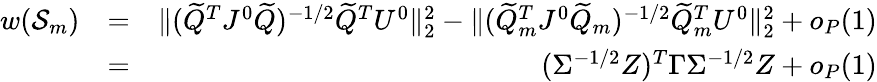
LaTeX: \begin{array}{rlr}{w(\mathcal{S}_{m})}&{=}&{\| (\widetilde{Q}^{T}J^{0}\widetilde{Q})^{-1/2}\widetilde{Q}^{T}U^{0}\| _{2}^{2}-\| (\widetilde{Q}_{m}^{T}J^{0}\widetilde{Q}_{m})^{-1/2}\widetilde{Q}_{m}^{T}U^{0}\| _{2}^{2}+o_{P}(1)}\\ &{=}&{(\Sigma^{-1/2}Z)^{T}\Gamma\Sigma^{-1/2}Z+o_{P}(1)}\end{array}